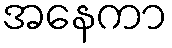
အနေကာ